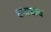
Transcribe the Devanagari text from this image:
कमयाब